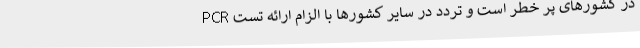
در کشورهای پر خطر است و تردد در سایر کشورها با الزام ارائه تست PCR